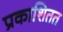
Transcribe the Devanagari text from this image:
प्रकाशितत